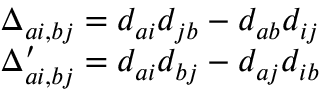
\begin{array} { r } { \Delta _ { a i , b j } = d _ { a i } d _ { j b } - d _ { a b } d _ { i j } } \\ { \Delta _ { a i , b j } ^ { \prime } = d _ { a i } d _ { b j } - d _ { a j } d _ { i b } } \end{array}